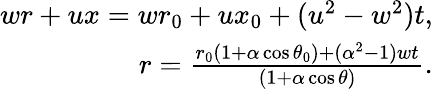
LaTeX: \begin{array}{r}{wr+ux=wr_{0}+ux_{0}+(u^{2}-w^{2})t,}\\ {r=\frac{r_{0}(1+\alpha\cos\theta_{0})+(\alpha^{2}-1)wt}{(1+\alpha\cos\theta)}.}\end{array}